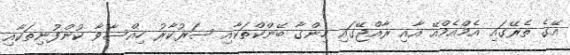
އޭގެ ތެރޭގައި އެމްއެމްއޭ އާއި ރާއްޖޭގައި ހިންގާ ބޭންކްތަކާއި ސަރުކާރު ހިއްސާވާ ކުންފުނިތަކާއި